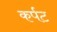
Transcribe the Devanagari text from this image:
कर्पट